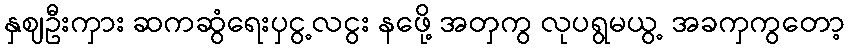
နှဈဦးကှား ဆကဆွံရေးပှငွ့လငွး နဖေို့ အတှကွ လုပရွမယွ့ အခကှကွတော့